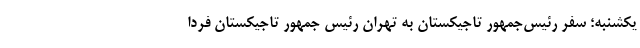
یکشنبه؛ سفر رئیس‌جمهور تاجیکستان به تهران رئیس جمهور تاجیکستان فردا